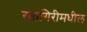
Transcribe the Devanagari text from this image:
रत्नागिरीमधील